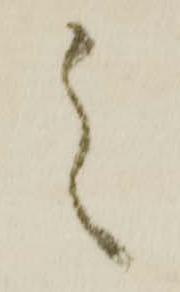
之